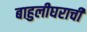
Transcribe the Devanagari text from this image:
बाहुलीघराची